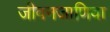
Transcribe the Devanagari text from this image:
जीवनजाणिवा